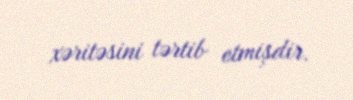
xəritəsini tərtib etmişdir.